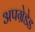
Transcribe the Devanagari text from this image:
अपग्रेडेड